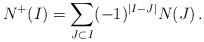
LaTeX: \begin{align*}N^+(I) = \sum_{J \subset I}(-1)^{|I-J|} N(J) \, .\end{align*}